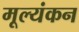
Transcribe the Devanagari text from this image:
मूल्यंकन